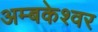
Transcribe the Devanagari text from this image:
अम्बकेश्वर